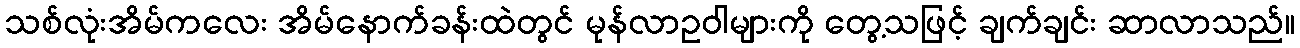
သစ်လုံးအိမ်ကလေး အိမ်နောက်ခန်းထဲတွင် မုန်လာဥဝါများကို တွေ့သဖြင့် ချက်ချင်း ဆာလာသည်။